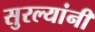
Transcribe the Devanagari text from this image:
सुरल्यांनी